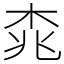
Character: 𣑯